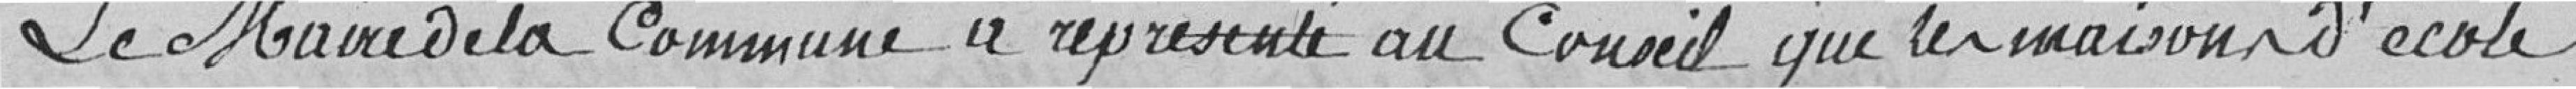
Le Maire de la commune a représenté au Conseil que les maisons d'école